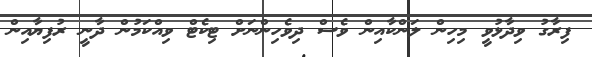
ފިރާގު ވިދާޅުވީ މިހިން ލަންކާއިން ވެސް ދިވެހިންނަށް ޓިކެޓް ވިއްކަމުން ދާނީ ރުފިޔާއިން